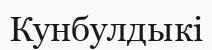
Кунбулдыкі